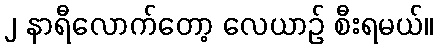
၂ နာရီလောက်တော့ လေယာဉ် စီးရမယ်။